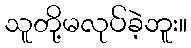
သူတို့မလုပ်ခဲ့ဘူး။